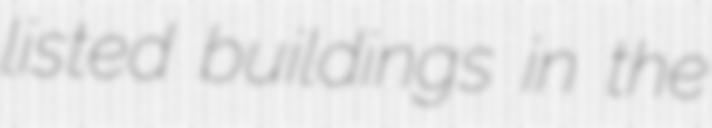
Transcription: listed buildings in the